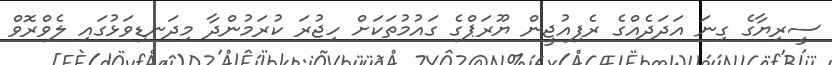
ސީރިޔާގެ ގިނަ އަދަދެއްގެ ރެފިއުޖީން ޔޫރަޕްގެ ގައުމުތަކަށް ހިޖުރަ ކުރަމުންދާ މިދަނޑިވަޅުގައި ލެވްރޮވް